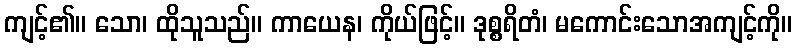
ကျင့်၏။ သော၊ ထိုသူသည်။ ကာယေန၊ ကိုယ်ဖြင့်။ ဒုစ္စရိတံ၊ မကောင်းသောအကျင့်ကို။